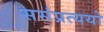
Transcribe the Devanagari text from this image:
ससंप्रत्ययो